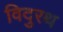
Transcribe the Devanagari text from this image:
विदुरथ